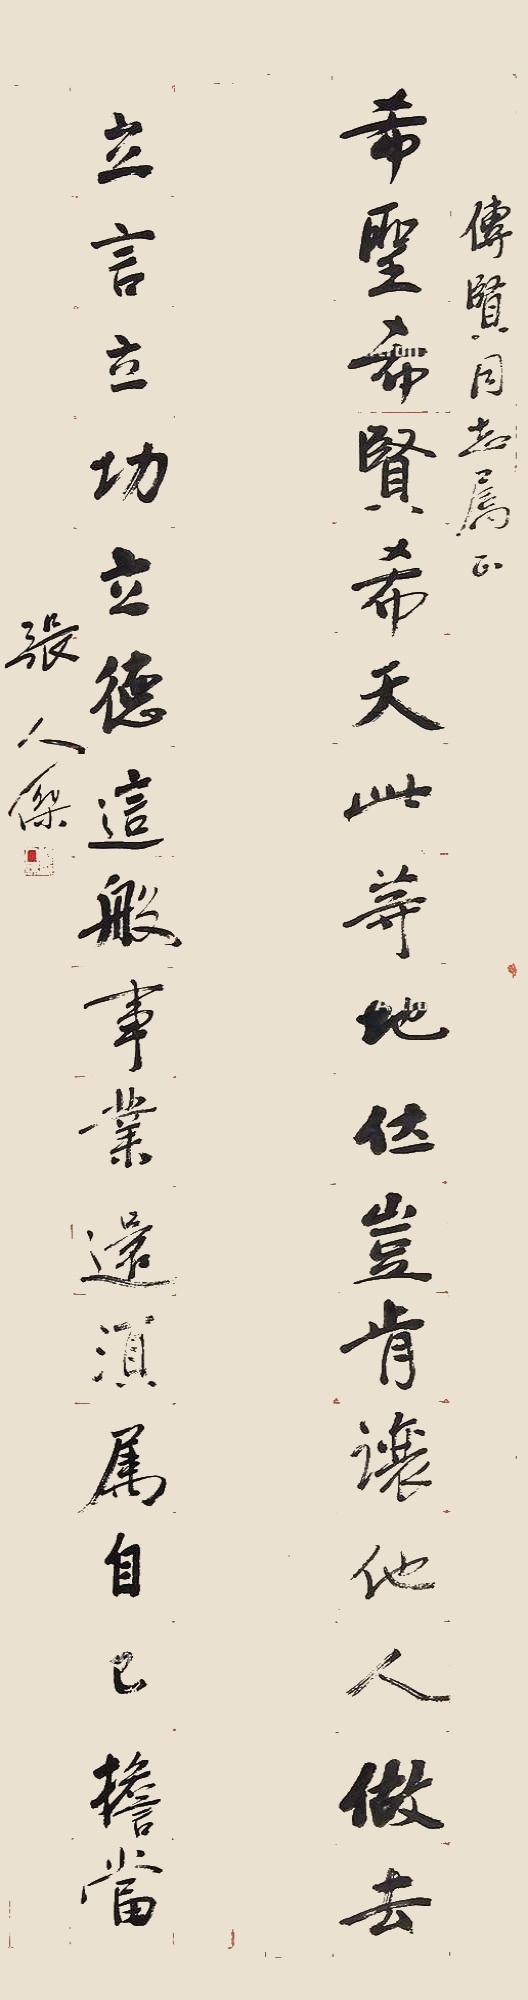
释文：希圣希贤希天此等地地位岂让他人做去，立言立功立德这般事业还须属自己担当。传贤同志属正，张人杰。